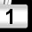
Digit: 1